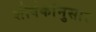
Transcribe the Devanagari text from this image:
शीर्षकांनुसार